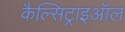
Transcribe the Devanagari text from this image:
कैल्सिट्राइऑल